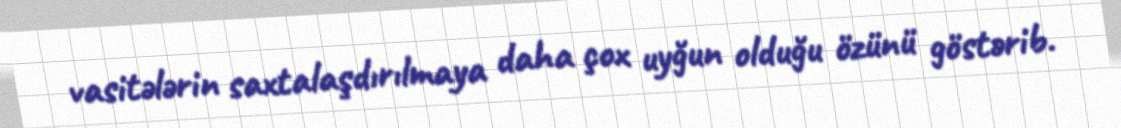
vasitələrin saxtalaşdırılmaya daha çox uyğun olduğu özünü göstərib.